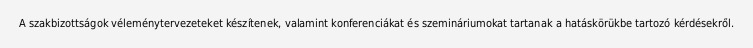
A szakbizottságok véleménytervezeteket készítenek, valamint konferenciákat és szemináriumokat tartanak a hatáskörükbe tartozó kérdésekről.